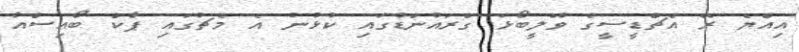
އިއްޔެ ރޭ އެޗްޑީސީގެ ވޮލީބޯޅަ ގްރައުންޑުގައި ކުޅުނު އެ މެޗުގައި ޕާކް ބޯއިސްއާ